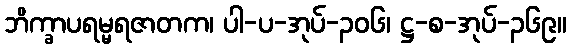
ဘိက္ခာပရမ္မရဇာတက၊ ပါ-ပ-အုပ်-၃၀၆၊ ဋ္ဌ-စ-အုပ်-၃၆၉။